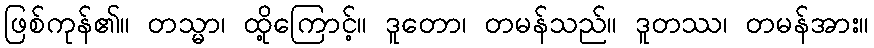
ဖြစ်ကုန်၏။ တသ္မာ၊ ထို့ကြောင့်။ ဒူတော၊ တမန်သည်။ ဒူတဿ၊ တမန်အား။